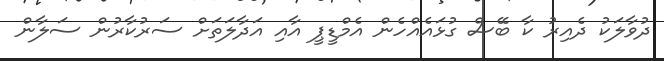
ދުވާލަކު ދެއިރު ކާ ބޭސް ގުޅައެއްހެން އެމްޑީޕީ އާއި އަދާލަތަށް ސަރުކާރުން ސަލާން